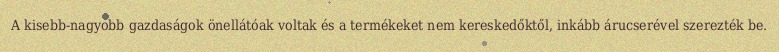
A kisebb-nagyobb gazdaságok önellátóak voltak és a termékeket nem kereskedőktől, inkább árucserével szerezték be.